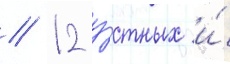
/ 12 у́стных и́